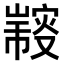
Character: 𠮍